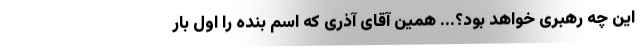
این چه رهبری خواهد بود؟... همین آقای آذری که اسم بنده را اول بار